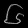
Digit: ၆